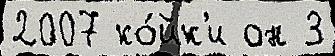
2007 ко́йк'и он 3